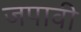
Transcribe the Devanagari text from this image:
जपावी